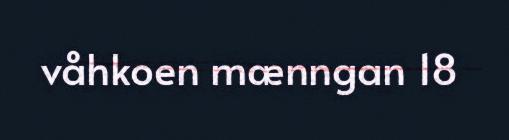
våhkoen mænngan 18